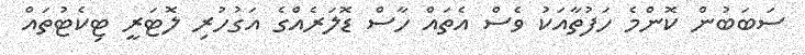
ސަބަބުން ކޮންމެ ހަފުތާއަކު ވެސް އެތައް ހާސް ޑޮލަރެއްގެ އަގުހުރި ލޮޓަރީ ޓިކެޓުތައް